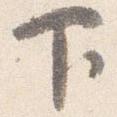
下